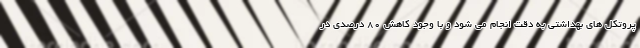
پروتکل هاي بهداشتي به دقت انجام می شود و با وجود کاهش 80 درصدی در